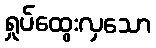
ရှုပ်ထွေးလှသော